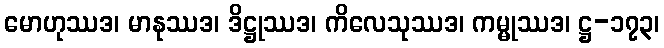
မောဟုဿဒ၊ မာနုဿဒ၊ ဒိဋ္ဌုဿဒ၊ ကိလေသုဿဒ၊ ကမ္မုဿဒ၊ ဋ္ဌ-၁၇၃၊